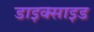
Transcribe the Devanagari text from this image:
डाइक्साइड